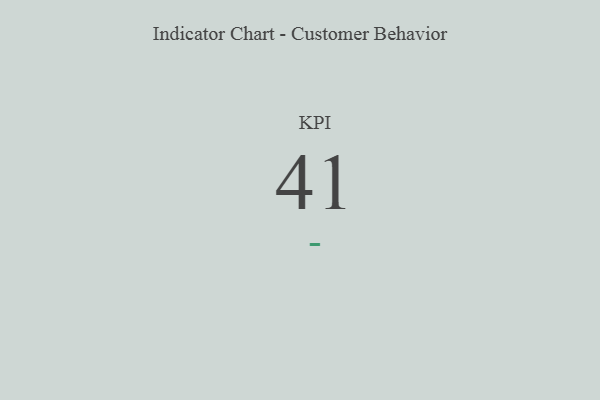
{"axis": {"x": "KPI", "y": "Value"}, "legend": [""], "data": [{"x": "KPI", "y": 41, "type": ""}]}